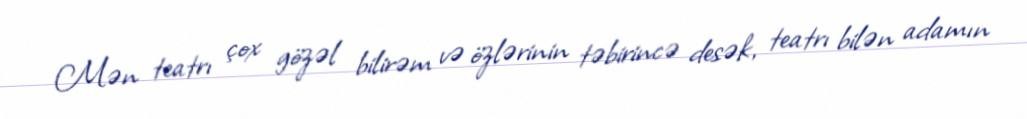
Mən teatrı çox gözəl bilirəm və özlərinin təbirincə desək, teatrı bilən adamın